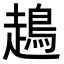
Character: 𧽪